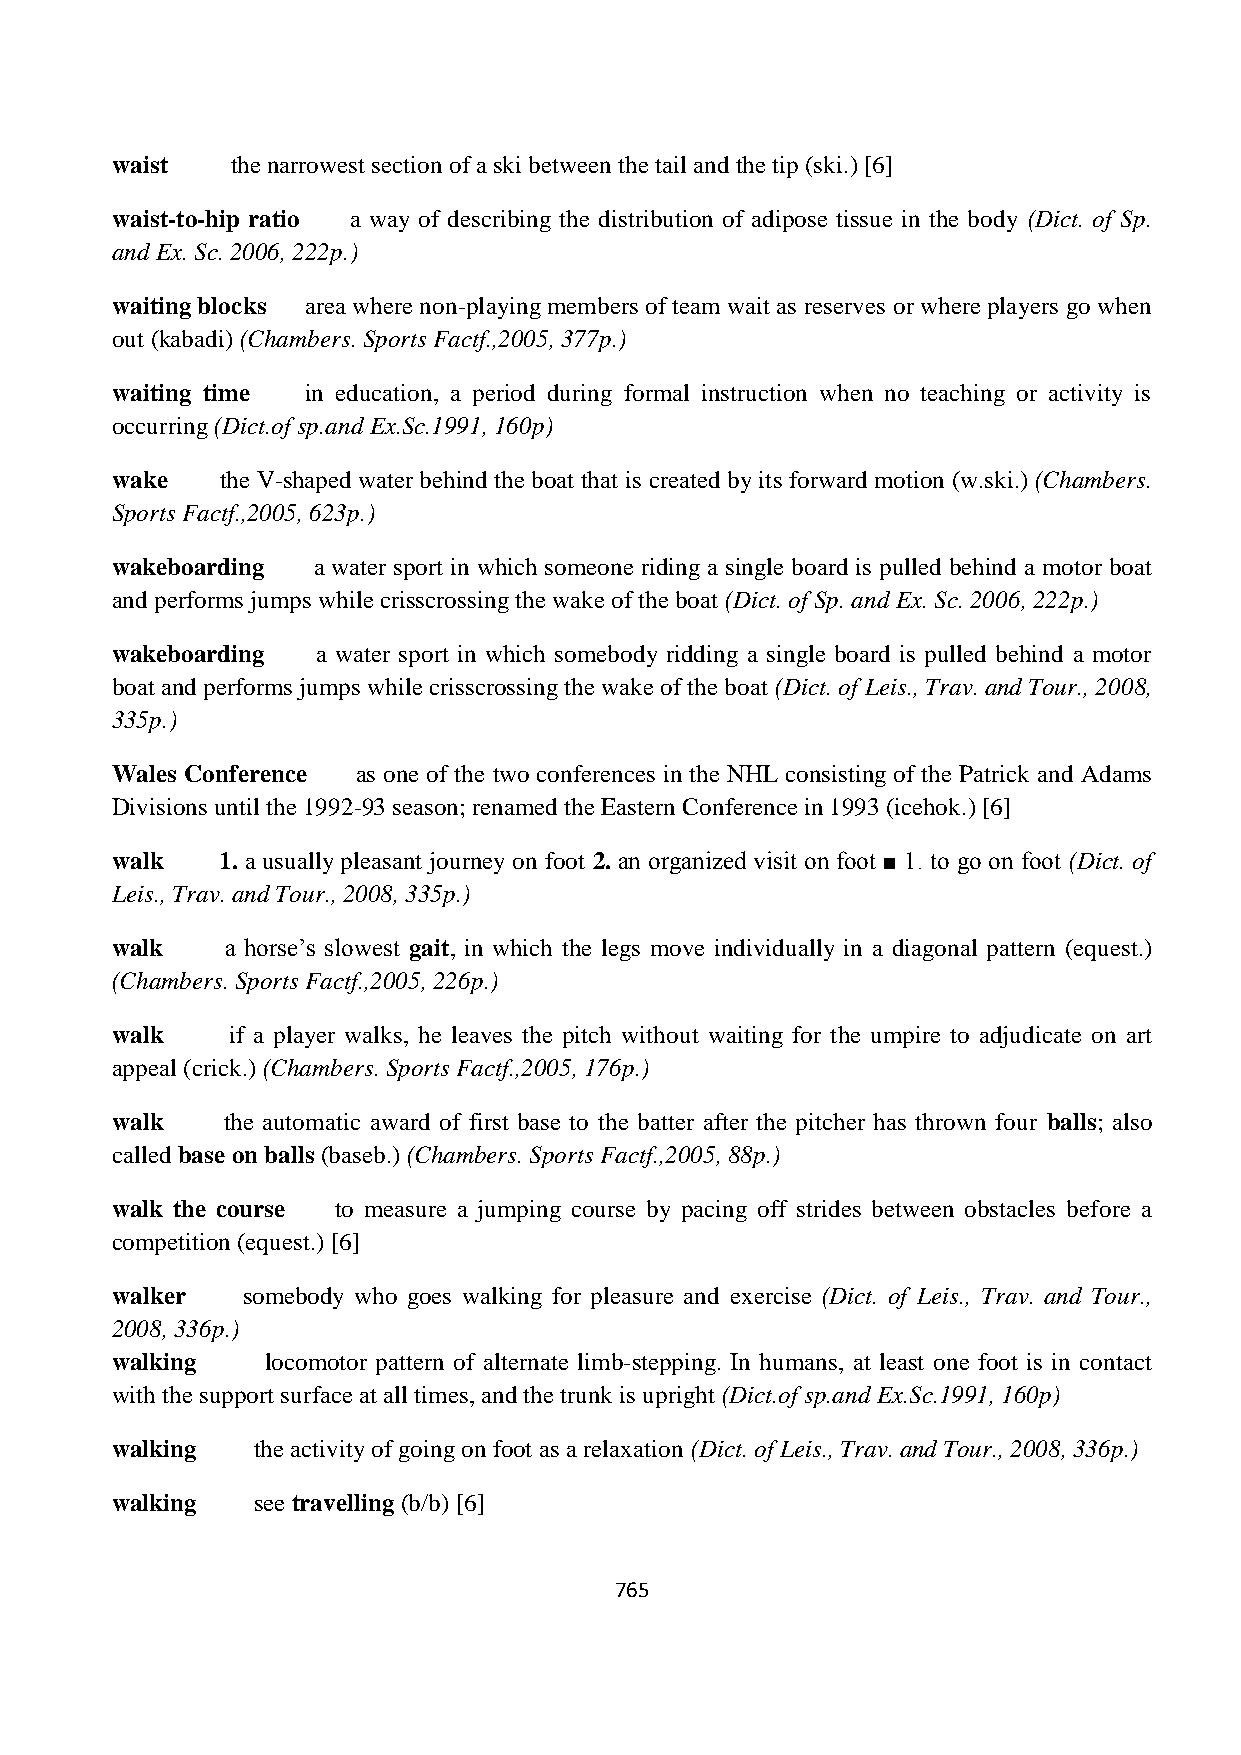
waist   the narrowest section of a ski between the tail and the tip (ski.) [6]
 waist-to-hip ratio a way of describing the distribution of adipose tissue in the body (Dict. of Sp.
 and Ex. Sc. 2006, 222p.)
 waiting blocks area where non-playing members of team wait as reserves or where players go when
 out (kabadi) (Chambers. Sports Factf.,2005, 377p.)
 waiting time in education, a period during formal instruction when no teaching or activity is
 occurring (Dict.of sp.and Ex.Sc.1991, 160p)
 wake    the V-shaped water behind the boat that is created by its forward motion (w.ski.) (Chambers.
 Sports Factf.,2005, 623p.)
 wakeboarding  a water sport in which someone riding a single board is pulled behind a motor boat
 and performs jumps while crisscrossing the wake of the boat (Dict. of Sp. and Ex. Sc. 2006, 222p.)
 wakeboarding  a water sport in which somebody ridding a single board is pulled behind a motor
 boat and performs jumps while crisscrossing the wake of the boat (Dict. of Leis., Trav. and Tour., 2008,
 335p.)
 Wales Conference as one of the two conferences in the NHL consisting of the Patrick and Adams
 Divisions until the 1992-93 season; renamed the Eastern Conference in 1993 (icehok.) [6]
 walk    1. a usually pleasant journey on foot 2. an organized visit on foot ■ 1. to go on foot (Dict. of
 Leis., Trav. and Tour., 2008, 335p.)
 walk    a horse‟s slowest gait, in which the legs move individually in a diagonal pattern (equest.)
 (Chambers. Sports Factf.,2005, 226p.)
 walk    if a player walks, he leaves the pitch without waiting for the umpire to adjudicate on art
 appeal (crick.) (Chambers. Sports Factf.,2005, 176p.)
 walk    the automatic award of first base to the batter after the pitcher has thrown four balls; also
 called base on balls (baseb.) (Chambers. Sports Factf.,2005, 88p.)
 walk the course to measure a jumping course by pacing off strides between obstacles before a
 competition (equest.) [6]
 walker   somebody who goes walking for pleasure and exercise (Dict. of Leis., Trav. and Tour.,
 2008, 336p.)
 walking    locomotor pattern of alternate limb-stepping. In humans, at least one foot is in contact
 with the support surface at all times, and the trunk is upright (Dict.of sp.and Ex.Sc.1991, 160p)
 walking   the activity of going on foot as a relaxation (Dict. of Leis., Trav. and Tour., 2008, 336p.)
 walking   see travelling (b/b) [6]
 765